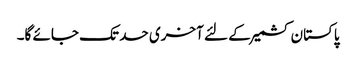
پاکستان کشمیر کے لئے آخری حد تک جائے گا۔